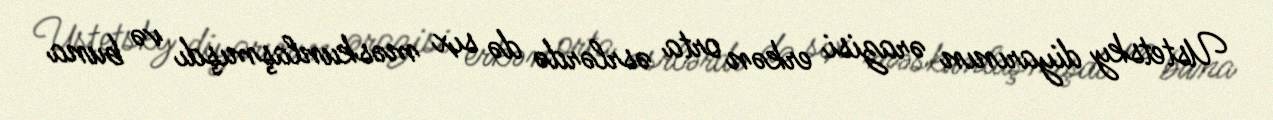
Ustetsky diyarının ərazisi erkən orta əsrlərdə də sıx məskunlaşmışdı və buna